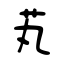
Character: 芄